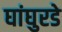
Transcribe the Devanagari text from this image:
घांघुरडे